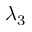
\lambda _ { 3 }